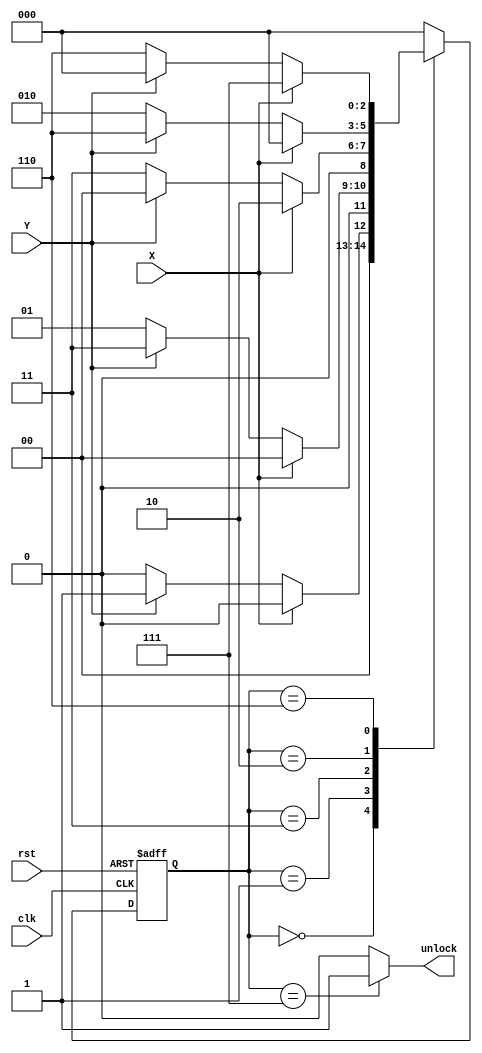

module FSM (
input  wire        X, 
input  wire        Y,
input  wire        rst,
input  wire        clk,
output reg         unlock
);



localparam  [2:0]    IDLE = 3'b000,
                     state_1 = 3'b001,
                     state_2 = 3'b011,
					 state_3 = 3'b010,
					 state_4 = 3'b110,
					 Exit = 3'b111 ;
					 
reg    [2:0]         current_state,
                     next_state ;
		
// state transition 		
always @(posedge clk or negedge rst)
 begin
  if(!rst)
   begin
     current_state <= IDLE ;
   end
  else
   begin
     current_state <= next_state ;
   end
 end
 
// next_state logic
always @(*)
 begin
  case(current_state)
  IDLE     : begin
              if(X)
			   next_state = IDLE ;
			  else if (Y)
               next_state = state_1 ;
              else
               next_state = IDLE ;			  
             end
  state_1       : begin
              if(X)
			   next_state = IDLE ;
			  else if (Y)
               next_state = state_2 ;
              else
               next_state = state_1 ;	   
            end
  state_2     : begin
              if(X)
			   next_state = state_3 ;
			  else if (Y)
               next_state = IDLE ;
              else
               next_state = state_2 ;	    
            end
  state_3    : begin
              if(X)
			   next_state = IDLE ;
			  else if (Y)
               next_state = state_4 ;
              else
               next_state = state_3 ;	    
            end
  state_4   : begin
             if(X)
			   next_state = Exit ;
		     else if (Y)
               next_state = IDLE ;
             else
               next_state = state_4 ;	   
            end			 
  Exit  : begin
               next_state = IDLE ;
            end	
  default :   next_state = IDLE ;		 
  
  endcase
end	


// next_state logic
always @(*)
 begin
  case(current_state)
  IDLE     : begin
              unlock   =  1'b0 ;		  
             end
  state_1       : begin
              unlock   =  1'b0 ;
             end	
  state_2      : begin
              unlock   =  1'b0 ;	   
             end
  state_3     : begin
              unlock   =  1'b0 ;	   
             end
  state_4    : begin
              unlock   =  1'b0 ;		   
             end			 
  Exit   : begin
              unlock   =  1'b1 ;	
             end	
  default  : begin
              unlock   =  1'b0 ;
             end			  
  endcase
 end	
		
		
endmodule